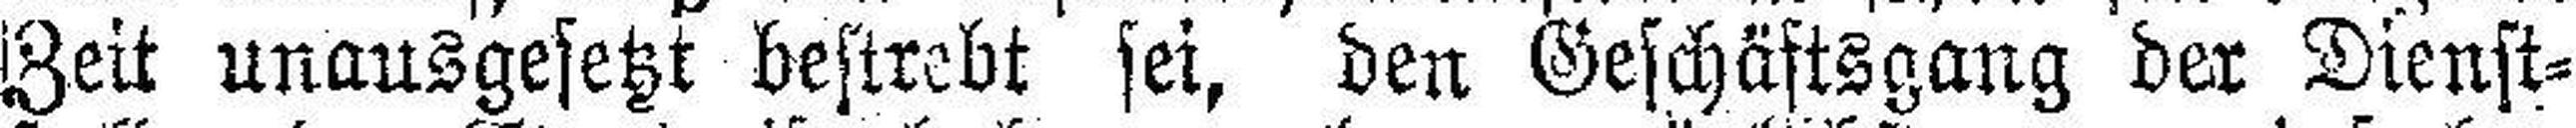
Zeit unausgesetzt bestrebt sei, den Geschäftsgang der Dienst¬